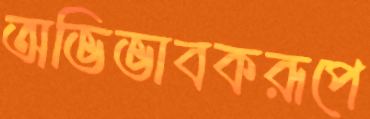
অভিভাবকরূপে